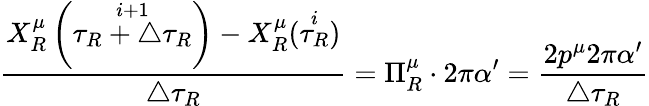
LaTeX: \frac{X_{R}^{\mu}\left(\stackrel{i+1}{\tau_{R}+\triangle\tau_{R}}\right)-X_{R}^{\mu}(\stackrel{i}{\tau_{R}})}{\triangle\tau_{R}}=\Pi_{R}^{\mu}\cdot 2\pi\alpha^{\prime}=\frac{2p^{\mu}2\pi\alpha^{\prime}}{\triangle\tau_{R}}